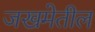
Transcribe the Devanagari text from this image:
जखमेतील